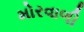
મોરવાળી